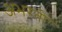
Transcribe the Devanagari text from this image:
अभरती